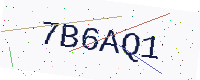
Text: 7B6AQ1